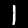
Digit: 1